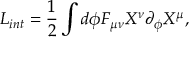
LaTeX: L _ { i n t } = \frac { 1 } { 2 } \int d \phi F _ { \mu \nu } X ^ { \nu } \partial _ { \phi } X ^ { \mu } ,